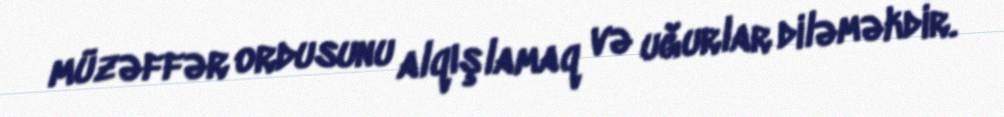
müzəffər ordusunu alqışlamaq və uğurlar diləməkdir.